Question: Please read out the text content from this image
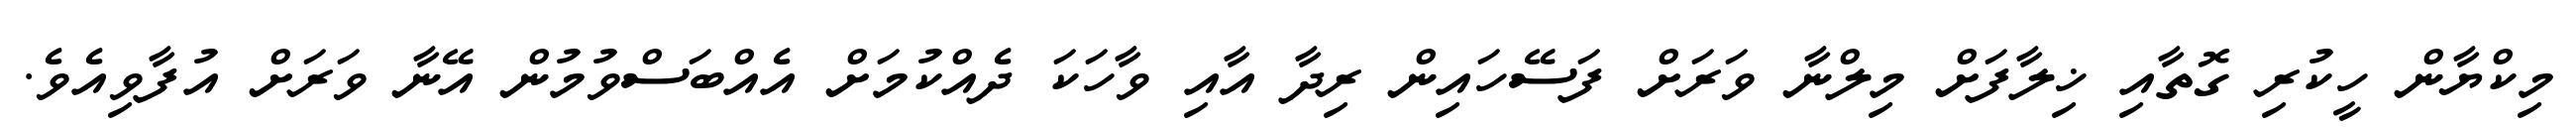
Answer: މިކްޔާން ހީކުރި ގޮތާއި ޚިލާފަށް މިލްނާ ވަރަށް ފަސޭހައިން ރިދާ އާއި ވާހަކަ ދެއްކުމަށް އެއްބަސްވުމުން އޭނާ ވަރަށް އުފާވިއެވެ.